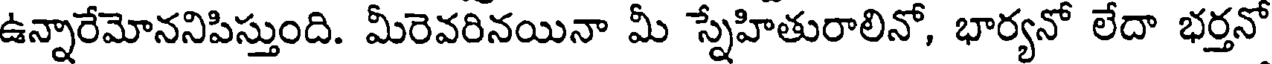
ఉన్నారేమోననిపిస్తుంది. మీరెవరినయినా మీ స్నేహితురాలినో, భార్యనో లేదా భర్తనో